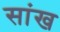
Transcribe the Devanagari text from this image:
सांख